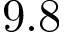
9 . 8